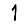
Digit: 1